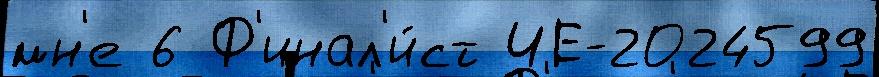
мн'е 6 Ф'инал'и́ст ЧЕ-2024599